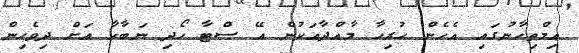
އިމްތިހާނުގައި އެހެން ހުރިހާ މާއްދާއަކުން އޭ ސްޓާ ހޯދި ނަބާހާ އަށް ދިވެހިން